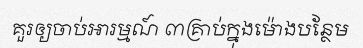
គួរឲ្យចាប់អារម្មណ៍ ៣គ្រាប់ក្នុងម៉ោងបន្ថែម